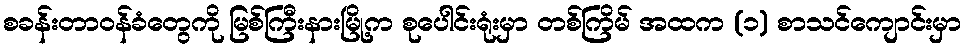
စခန်းတာဝန်ခံတွေကို မြစ်ကြီးနားမြို့က စုပေါင်းရုံးမှာ တစ်ကြိမ် အထက (၁) စာသင်ကျောင်းမှာ